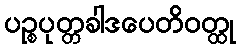
ပဉ္စပုတ္တခါဒပေတိဝတ္ထု